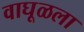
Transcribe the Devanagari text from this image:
वाघूळला